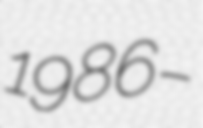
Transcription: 1986–